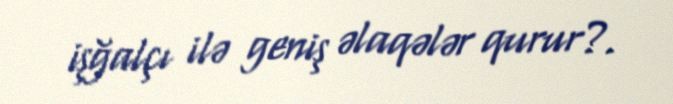
işğalçı ilə geniş əlaqələr qurur?.